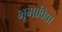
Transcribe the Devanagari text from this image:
भूमाविद्या